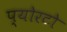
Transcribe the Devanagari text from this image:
प्योरटो